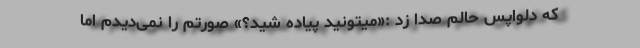
که دلواپس حالم صدا زد :«میتونید پیاده شید؟» صورتم را نمی‌دیدم اما